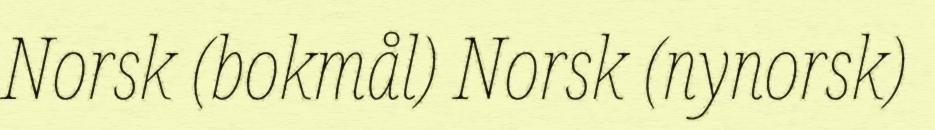
Norsk (bokmål) Norsk (nynorsk)